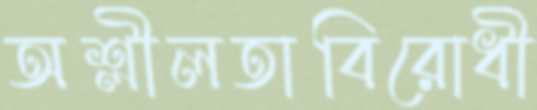
অশ্লীলতাবিরোধী